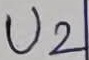
Text: U2